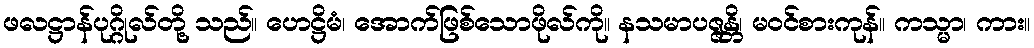
ဖလဋ္ဌာန်ပုဂ္ဂိုလ်တို့ သည်။ ဟေဋ္ဌိမံ၊ အောက်ဖြစ်သောဖိုလ်ကို။ နသမာပဇ္ဇန္တိ၊ မဝင်စားကုန်။ ကသ္မာ၊ ကား။